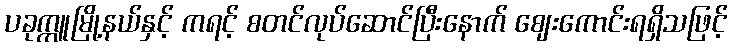
ပခုက္ကူမြို့နယ်နှင့် ကရင့် စတင်လုပ်ဆောင်ပြီးနောက် ဈေးကောင်းရရှိသဖြင့်